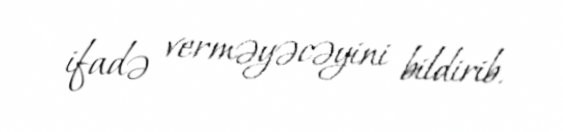
ifadə verməyəcəyini bildirib.